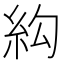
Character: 𰫛